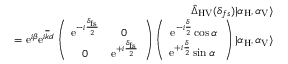
\begin{array} { r l r } & { } & { \hat { \Delta } _ { \mathrm { H V } } ( \delta _ { f s } ) | \alpha _ { \mathrm { H } } , \alpha _ { \mathrm { V } } \rangle } \\ & { } & { = \mathrm { e } ^ { i \beta } \mathrm { e } ^ { i \overline { { k } } d } \left( \begin{array} { c c } { \mathrm { e } ^ { - i \frac { \delta _ { \mathrm { f s } } } { 2 } } } & { 0 } \\ { 0 } & { \mathrm { e } ^ { + i \frac { \delta _ { \mathrm { f s } } } { 2 } } } \end{array} \right) \left( \begin{array} { c } { \mathrm { e } ^ { - i \frac { \delta } { 2 } } \cos \alpha } \\ { \mathrm { e } ^ { + i \frac { \delta } { 2 } } \sin \alpha \ } \end{array} \right) | \alpha _ { \mathrm { H } } , \alpha _ { \mathrm { V } } \rangle } \end{array}